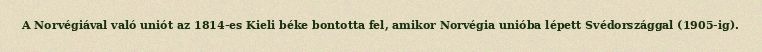
A Norvégiával való uniót az 1814-es Kieli béke bontotta fel, amikor Norvégia unióba lépett Svédországgal (1905-ig).